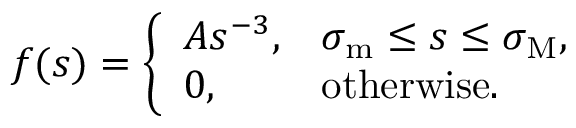
f ( s ) = \left\{ \begin{array} { l l } { A s ^ { - 3 } , } & { \sigma _ { \mathrm { m } } \leq s \leq \sigma _ { \mathrm { M } } , } \\ { 0 , } & { \mathrm { o t h e r w i s e } . } \end{array} \right.